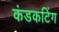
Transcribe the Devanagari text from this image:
कंडकटिंग